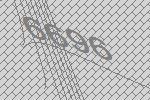
6696